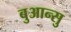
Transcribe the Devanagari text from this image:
बुआन्सु